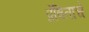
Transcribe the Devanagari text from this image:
प्रेषिताचे